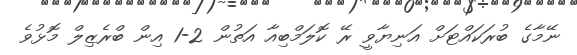
ނޭމާގެ ބުރަކައްޓަށް އަނިޔާވީ ރޭ ކޮލަމްބިއާ އަތުން 2-1 އިން ބްރެޒިލް މޮޅުވެ